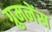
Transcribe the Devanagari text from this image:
ग्रुमनेंस